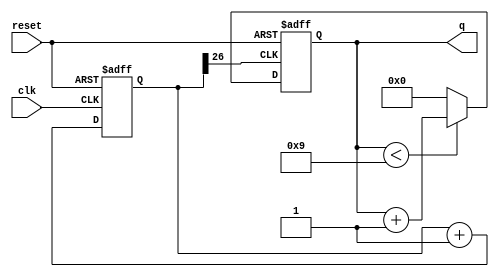
`timescale 1ns / 1ps
//////////////////////////////////////////////////////////////////////////////////
// Company: 
// Engineer: 
// 
// Design Name: 
// Module Name:    bcdc_12 
// Project Name: 
// Target Devices: 
// Tool versions: 
// Description: 
//
// Dependencies: 
//
// Revision: 
// Revision 0.01 - File Created
// Additional Comments: 
//
//////////////////////////////////////////////////////////////////////////////////
module bcdc_12(q,clk,reset
    );
	 input clk,reset;
	 output [3:0]q;
	 reg [3:0]out;
	 
	reg [26:0] divider=27'd0;
	always @(posedge clk or posedge reset)
	begin 
		if (reset)
			divider <=27'd0;
		else
			divider <= divider+27'd1;
end

always @(posedge divider[26] or posedge reset)
begin
	if (reset)
		out<=4'd0;
	else if (out<9 )
		out<=out+4'd1;
	else
		out<=4'd0;
end
assign q= out;


endmodule